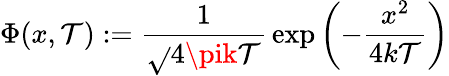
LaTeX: \Phi(x,\mathcal{T}):={\frac{{1}}{{\sqrt{}{{4\pik\mathcal{T}}}}}}\exp\left(-{\frac{{x^{2}}}{{4k\mathcal{T}}}}\right)